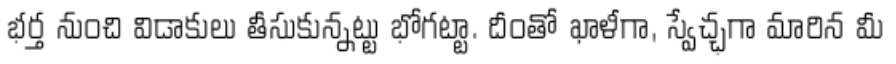
భర్త నుంచి విడాకులు తీసుకున్నట్టు భోగట్టా. దీంతో ఖాళీగా, స్వేచ్ఛగా మారిన మీ